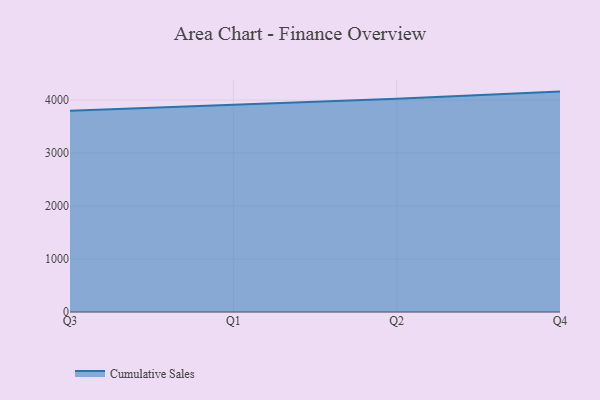
{"axis": {"x": "Quarter", "y": "Temperature (°C)"}, "legend": ["Cumulative Sales"], "data": [{"x": "Q3", "y": 3798.7, "type": "Cumulative Sales"}, {"x": "Q1", "y": 3915.8, "type": "Cumulative Sales"}, {"x": "Q2", "y": 4025.2, "type": "Cumulative Sales"}, {"x": "Q4", "y": 4160.2, "type": "Cumulative Sales"}]}